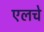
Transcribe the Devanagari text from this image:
एलचे